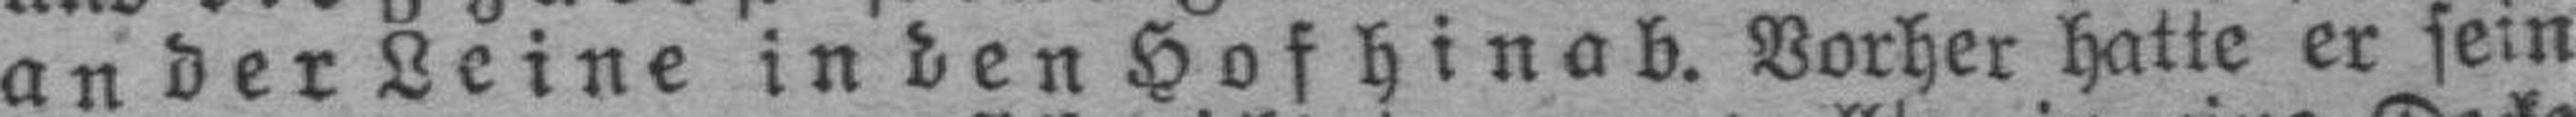
an der Leine in den Hof hinab. Vorher hatte er sein